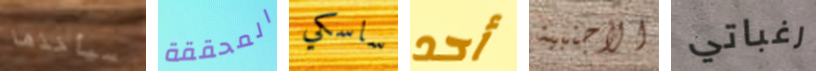
سيأخذها المحققة ساسكي أحد الأجنبية رغباتي